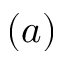
( a )